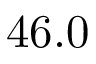
4 6 . 0